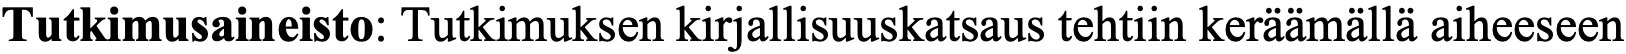
Tutkimusaineisto: Tutkimuksen kirjallisuuskatsaus tehtiin keräämällä aiheeseen